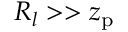
R _ { l } > > z _ { \mathrm { p } }